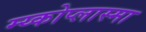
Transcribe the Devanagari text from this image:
म्य्कोप्लास्मा